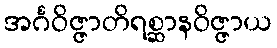
အင်္ဂဝိဇ္ဇာတိရစ္ဆာနဝိဇ္ဇာယ